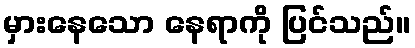
မှားနေသော နေရာကို ပြင်သည်။